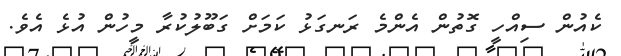
ކެއުން ސިއްހީ ގޮތުން އެންމެ ރަނގަޅު ކަމަށް ގަބޫލުކުރާ މީހުން އުޅެ އެވެ.